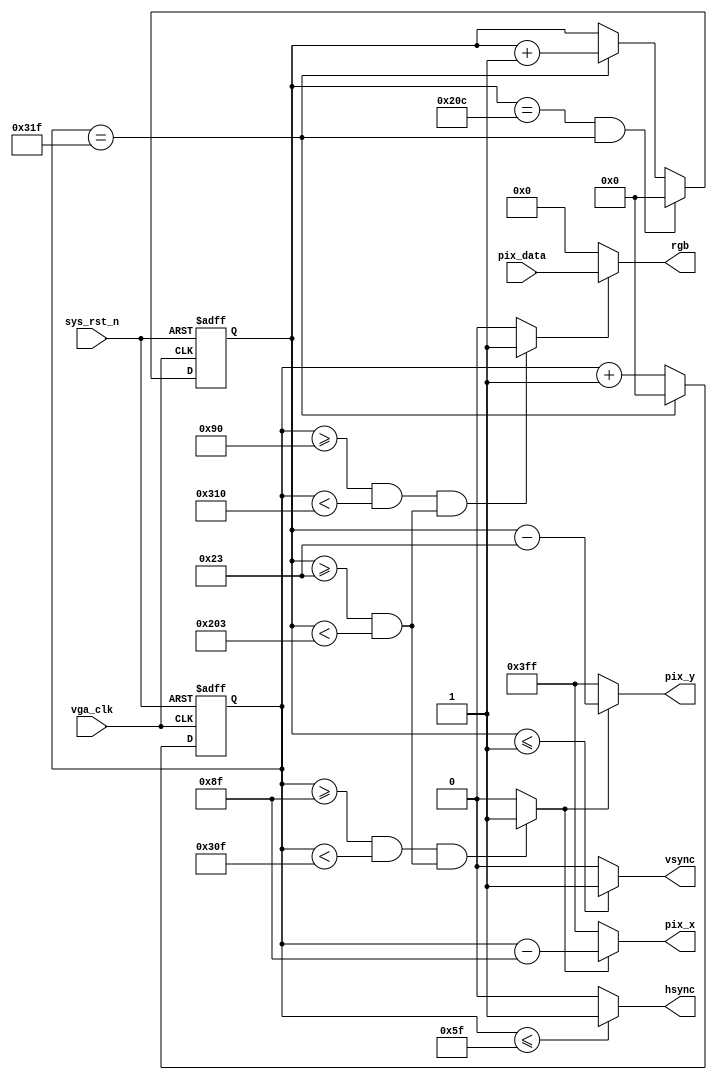
module VGA_ctrl(
input wire vga_clk , 				//,25MHz
input wire sys_rst_n , 				//,
input wire [23:0] pix_data , 		//

output wire [9:0] pix_x , 			//X
output wire [9:0] pix_y , 			//Y
output wire hsync , 					//
output wire vsync , 					//
output wire [23:0] rgb 				//
 );

 //parameter define
 parameter H_SYNC = 10'd96 , 		//
 H_BACK = 10'd40 , 					//
 H_LEFT = 10'd8 , 					//
 H_VALID = 10'd640 , 				//
 H_RIGHT = 10'd8 , 					//
 H_FRONT = 10'd8 , 					//
 H_TOTAL = 10'd800 ; 				//
 parameter V_SYNC = 10'd2 , 		//
 V_BACK = 10'd25 , 					//
 V_TOP = 10'd8 , 						//
 V_VALID = 10'd480 , 				//
 V_BOTTOM = 10'd8 , 					//
 V_FRONT = 10'd2 , 					//
 V_TOTAL = 10'd525 ; 				//

 //wire define
 wire rgb_valid ; 					//VGA
 wire pix_data_req ; 				//

 //reg define
 reg [9:0] cnt_h ; 					//
 reg [9:0] cnt_v ; 					//

 //cnt_h:
 always@(posedge vga_clk or negedge sys_rst_n)
 if(sys_rst_n == 1'b0)
 cnt_h <= 10'd0 ;
 else if(cnt_h == H_TOTAL - 1'd1)
 cnt_h <= 10'd0 ;
 else
 cnt_h <= cnt_h + 1'd1 ;

 //hsync:
 assign hsync = (cnt_h <= H_SYNC - 1'd1) ? 1'b1 : 1'b0 ;

 //cnt_v:
 always@(posedge vga_clk or negedge sys_rst_n)
 if(sys_rst_n == 1'b0)
 cnt_v <= 10'd0 ;
 else if((cnt_v == V_TOTAL - 1'd1) && (cnt_h == H_TOTAL-1'd1))
 cnt_v <= 10'd0 ;
 else if(cnt_h == H_TOTAL - 1'd1)
 cnt_v <= cnt_v + 1'd1 ;
 else
 cnt_v <= cnt_v ;

 //vsync:
 assign vsync = (cnt_v <= V_SYNC - 1'd1) ? 1'b1 : 1'b0 ;

 //rgb_valid:VGA
 assign rgb_valid = (((cnt_h >= H_SYNC + H_BACK + H_LEFT)
 && (cnt_h < H_SYNC + H_BACK + H_LEFT + H_VALID))
 &&((cnt_v >= V_SYNC + V_BACK + V_TOP)
 && (cnt_v < V_SYNC + V_BACK + V_TOP + V_VALID)))
 ? 1'b1 : 1'b0;

 //pix_data_req:,rgb_valid
 assign pix_data_req = (((cnt_h >= H_SYNC + H_BACK + H_LEFT - 1'b1)
 && (cnt_h<H_SYNC + H_BACK + H_LEFT + H_VALID - 1'b1))
 &&((cnt_v >= V_SYNC + V_BACK + V_TOP)
 && (cnt_v < V_SYNC + V_BACK + V_TOP + V_VALID)))
 ? 1'b1 : 1'b0;

 //pix_x,pix_y:VGA
 assign pix_x = (pix_data_req == 1'b1)
 ? (cnt_h - (H_SYNC + H_BACK + H_LEFT - 1'b1)) : 10'h3ff;
 assign pix_y = (pix_data_req == 1'b1)
 ? (cnt_v - (V_SYNC + V_BACK + V_TOP)) : 10'h3ff;

 //rgb:
 assign rgb = (rgb_valid == 1'b1) ? pix_data : 24'b0 ;

 endmodule